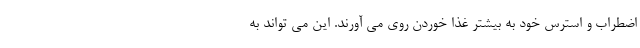
اضطراب و استرس خود به بیشتر غذا خوردن روی می آورند. این می تواند به